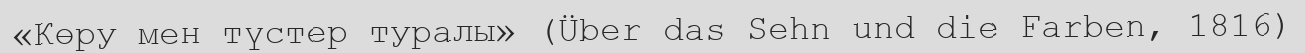
«Көру мен түстер туралы» (Über das Sehn und die Farben, 1816)